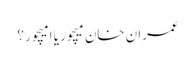
عمران خان میچور یا امیچور ؟